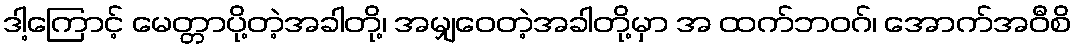
ဒါ့ကြောင့် မေတ္တာပို့တဲ့အခါတို့၊ အမျှဝေတဲ့အခါတို့မှာ အ ထက်ဘဝဂ်၊ အောက်အဝီစိ